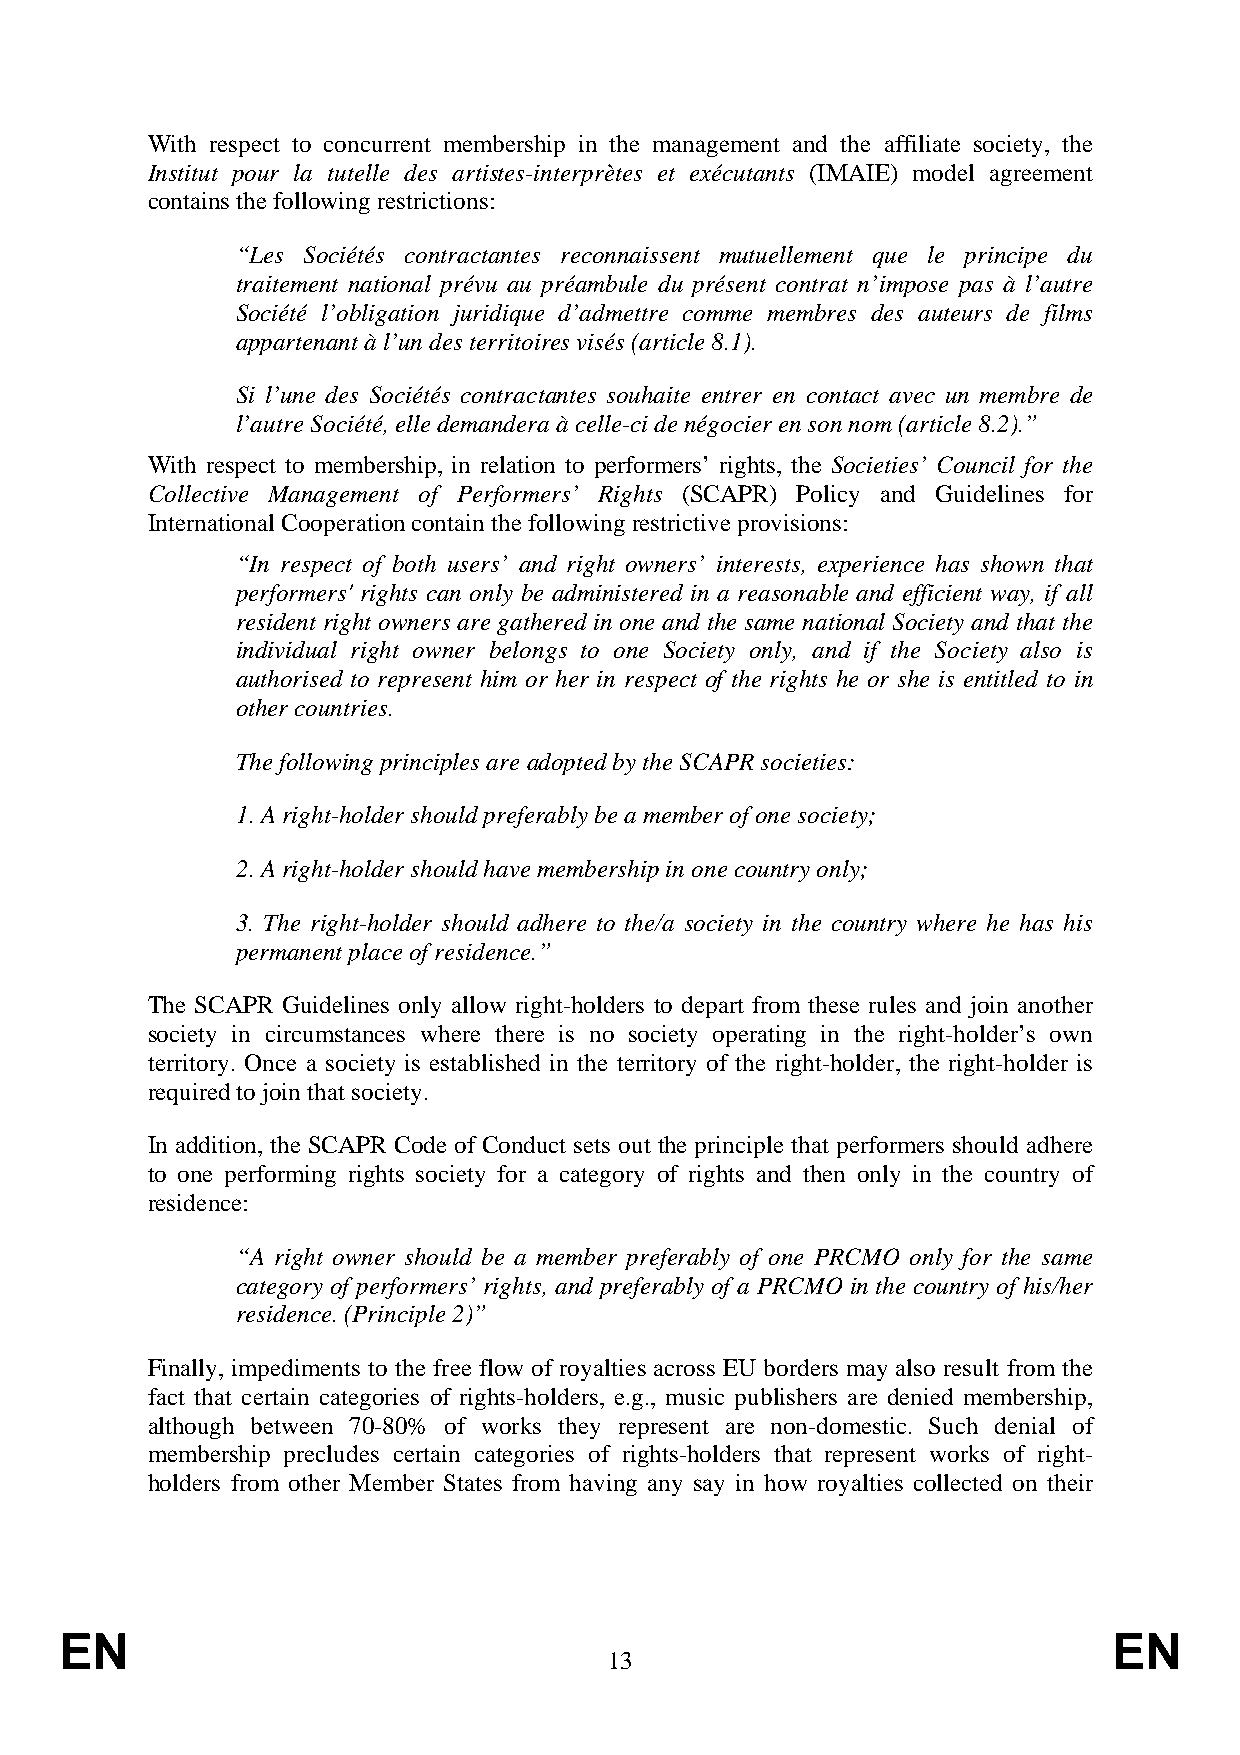
With respect to concurrent membership in the management and the affiliate society, the
 Institut pour la tutelle des artistes-interprètes et exécutants (IMAIE) model agreement
 contains the following restrictions:
 “Les Sociétés contractantes reconnaissent mutuellement que le principe du
 traitement national prévu au préambule du présent contrat n’impose pas à l’autre
 Société l’obligation juridique d’admettre comme membres des auteurs de films
 appartenant à l’un des territoires visés (article 8.1).
 Si l’une des Sociétés contractantes souhaite entrer en contact avec un membre de
 l’autre Société, elle demandera à celle-ci de négocier en son nom (article 8.2).”
 With respect to membership, in relation to performers’ rights, the Societies’ Council for the
 Collective Management of Performers’ Rights (SCAPR) Policy and Guidelines for
 International Cooperation contain the following restrictive provisions:
 “In respect of both users’ and right owners’ interests, experience has shown that
 performers' rights can only be administered in a reasonable and efficient way, if all
 resident right owners are gathered in one and the same national Society and that the
 individual right owner belongs to one Society only, and if the Society also is
 authorised to represent him or her in respect of the rights he or she is entitled to in
 other countries.
 The following principles are adopted by the SCAPR societies:
 1. A right-holder should preferably be a member of one society;
 2. A right-holder should have membership in one country only;
 3. The right-holder should adhere to the/a society in the country where he has his
 permanent place of residence.”
 The SCAPR Guidelines only allow right-holders to depart from these rules and join another
 society in circumstances where there is no society operating in the right-holder’s own
 territory. Once a society is established in the territory of the right-holder, the right-holder is
 required to join that society.
 In addition, the SCAPR Code of Conduct sets out the principle that performers should adhere
 to one performing rights society for a category of rights and then only in the country of
 residence:
 “A right owner should be a member preferably of one PRCMO only for the same
 category of performers’ rights, and preferably of a PRCMO in the country of his/her
 residence. (Principle 2)”
 Finally, impediments to the free flow of royalties across EU borders may also result from the
 fact that certain categories of rights-holders, e.g., music publishers are denied membership,
 although between 70-80% of works they represent are non-domestic. Such denial of
 membership precludes certain categories of rights-holders that represent works of right-
 holders from other Member States from having any say in how royalties collected on their
 EN                                                                    EN
 13